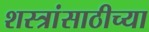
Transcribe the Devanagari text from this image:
शस्त्रांसाठीच्या